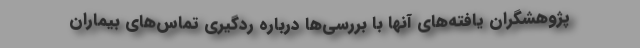
پژوهشگران یافته‌های آنها با بررسی‌ها درباره ردگیری تماس‌های بیماران